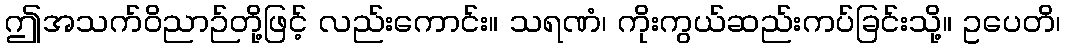
ဤအသက်ဝိညာဉ်တို့ဖြင့် လည်းကောင်း။ သရဏံ၊ ကိုးကွယ်ဆည်းကပ်ခြင်းသို့။ ဥပေတိ၊